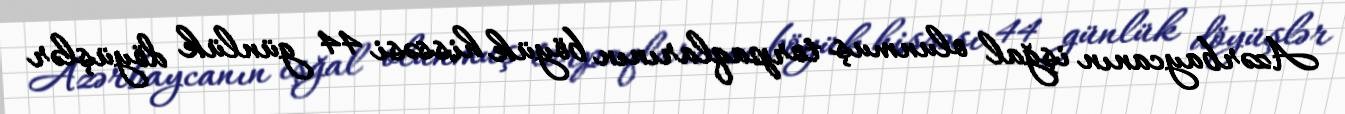
Azərbaycanın işğal olunmuş torpaqlarının böyük hissəsi 44 günlük döyüşlər